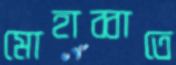
মোহাব্বাতে